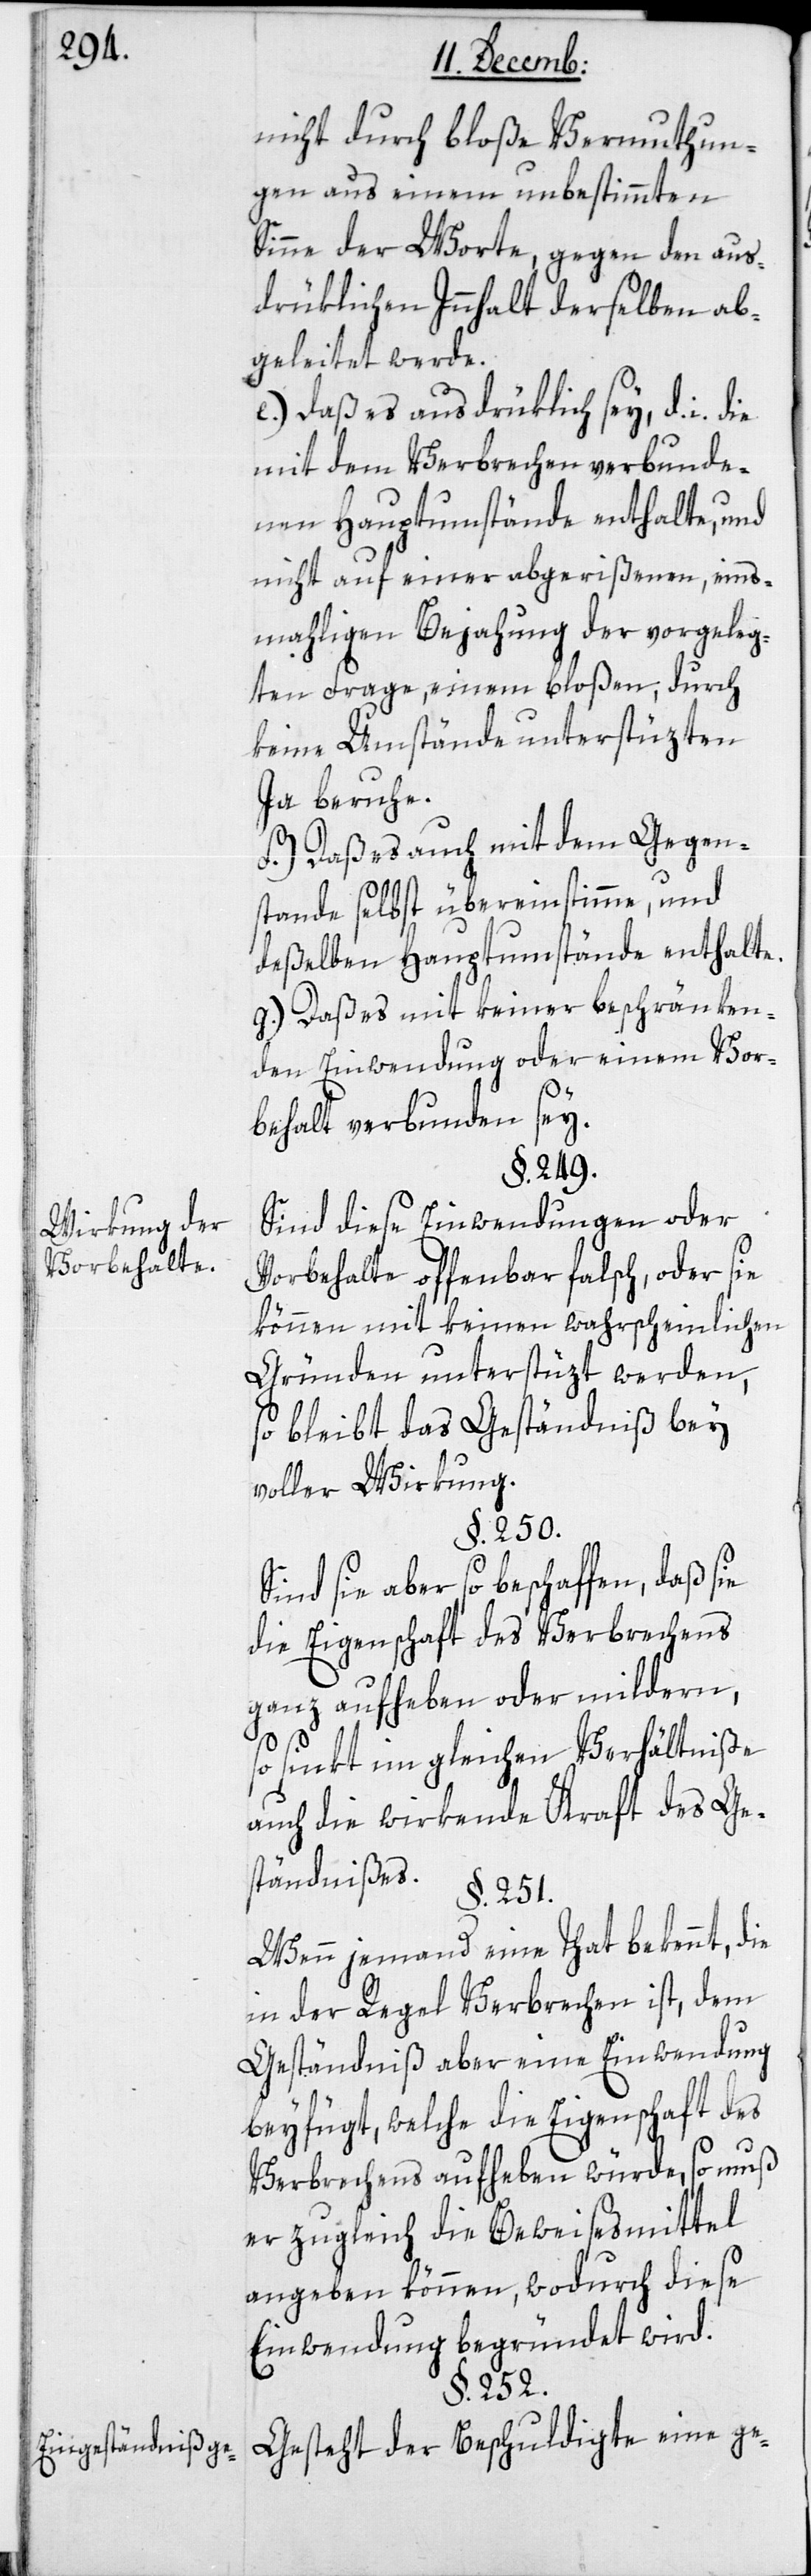
ringe¬

Wirkung der
Vorbehalte.
Eingeständniß ge¬

nicht durch bloße Vermuthun¬
gen aus einem unbestimmten
Sinne der Worte, gegen den aus¬
drüklichen Innhalt derselben ab¬
geleitet werde.
e.) Daß es ausdrüklich sey, d. i.
mit dem Verbrechen verbunde¬
nen Hauptumstände enthalte, und
nicht auf einer abgerißenen, ein¬
mahligen Bejahung der vorgeleg¬
ten Frage, einem bloßen, durch
keine Umstände unterstüzten
Ja beruhe.
f.) Daß es auch mit dem Gegen¬
stande selbst übereinstimme, und
deßelben Hauptumstände enthalte.
g.) Daß es mit keiner beschränken¬
den Einwendung oder einem Vor¬
behalt verbunden sey.
§. 249.
Sind diese Einwendungen oder
Vorbehalte offenbar falsch, oder sie
können mit keinen wahrscheinlichen
Gründen unterstüzt werden,
so bleibt das Geständniß bey
voller Wirkung.
§. 251.
Sind sie aber so beschaffen, daß sie
rer Eigenschaften des Verbrechens.
ganz aufheben oder mildern,
so sinkt im gleichen Verhältniße
auch die wirkende Kraft des Ge¬
ständnißes.
Wenn jemand eine That bekennt, die
in der Regel Verbrechen ist, dem
Geständniß aber eine Einwendung
beifügt, welche die Eigenschaft des
Verbrechens aufheben würde, so muß
er zugleich die Beweisesmittel
angeben können, wodurch diese
Einwendung begründet wird.
§. 252.
Gesteht der Beschuldigte eine ge-